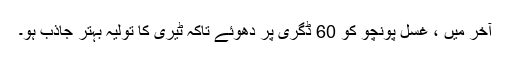
آخر میں ، غسل پونچو کو 60 ڈگری پر دھوئے تاکہ ٹیری کا تولیہ بہتر جاذب ہو۔